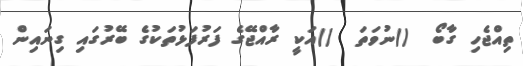
ތިއްޖެހި ގާބޯ  ()ނުވަތަ  ()އަކީ ރާއްޖޭގެ ފަރުފަޅުތަކުގެ ބޭރުގައި ގިނައިން